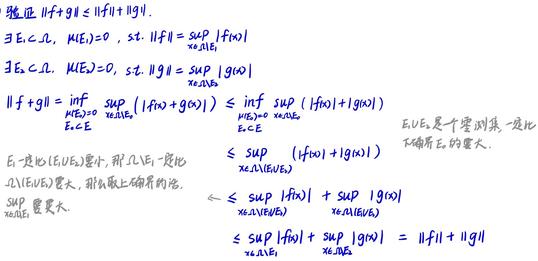
验证$\|f + g\| \leq \|f\| + \|g\|$.

$\exists E_1 \subset \Omega, \mu(E_1)=0$, s.t. $\|f\| = \sup_{x\in\Omega\setminus E_1}|f(x)|$

$\exists E_2 \subset \Omega, \mu(E_2)=0$, s.t. $\|g\| = \sup_{x\in\Omega\setminus E_2}|g(x)|$

$\|f + g\| = \inf_{\substack{E\subset\Omega\\\mu(E)=0}}\sup_{x\in\Omega\setminus E}|(f + g)(x)| \leq \inf_{\substack{E\subset\Omega\\\mu(E)=0}}\sup_{x\in\Omega\setminus E}(|f(x)|+|g(x)|)$

$E_1\cup E_2$是零测集，一度测

$E_1$一度测，$(E_1\cup E_2)$零测，则$\Omega\setminus E_1$一度测

$\Omega\setminus(E_1\cup E_2)$零测，所以取上确界的范围

$\sup$ 要更大.

$\leq \sup_{x\in\Omega\setminus(E_1\cup E_2)}(|f(x)|+|g(x)|)$

$\leq \sup_{x\in\Omega\setminus(E_1\cup E_2)}|f(x)| + \sup_{x\in\Omega\setminus(E_1\cup E_2)}|g(x)|$

$\leq \sup_{x\in\Omega\setminus E_1}|f(x)| + \sup_{x\in\Omega\setminus E_2}|g(x)| = \|f\|+\|g\|$